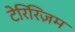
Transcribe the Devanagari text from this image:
टेरिरिज़म